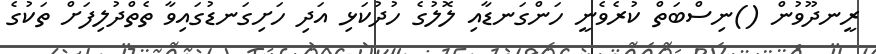
ރީނދޫވުން ()ނިސްބަތް ކުރެވެނީ ހަންގަނޑާއި ލޮލުގެ ހުދުކަޅި އަދި ހަށިގަނޑުގައިވާ ތެތްދުލިފަށް ތަކުގެ